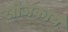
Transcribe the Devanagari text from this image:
खोजकार्य